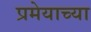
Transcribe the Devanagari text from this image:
प्रमेयाच्या